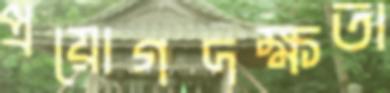
প্রয়োগদক্ষতা